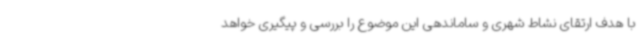
با هدف ارتقای نشاط شهری و ساماندهی این موضوع را بررسی و پیگیری خواهد